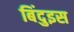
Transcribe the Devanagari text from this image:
बिंदुइस